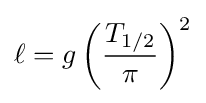
\ell =g\left({\frac {T_{1/2}}{\pi }}\right)^{2}